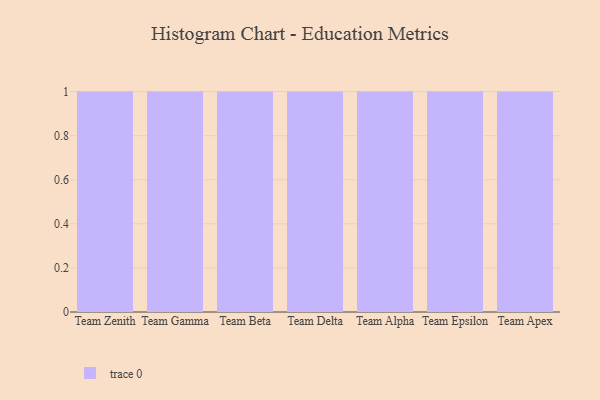
{"axis": {"x": "Team", "y": "Active Users"}, "legend": [""], "data": [{"x": "Team Zenith", "y": 57, "type": ""}, {"x": "Team Gamma", "y": 20, "type": ""}, {"x": "Team Beta", "y": 61, "type": ""}, {"x": "Team Delta", "y": 80, "type": ""}, {"x": "Team Alpha", "y": 86, "type": ""}, {"x": "Team Epsilon", "y": 25, "type": ""}, {"x": "Team Apex", "y": 69, "type": ""}]}